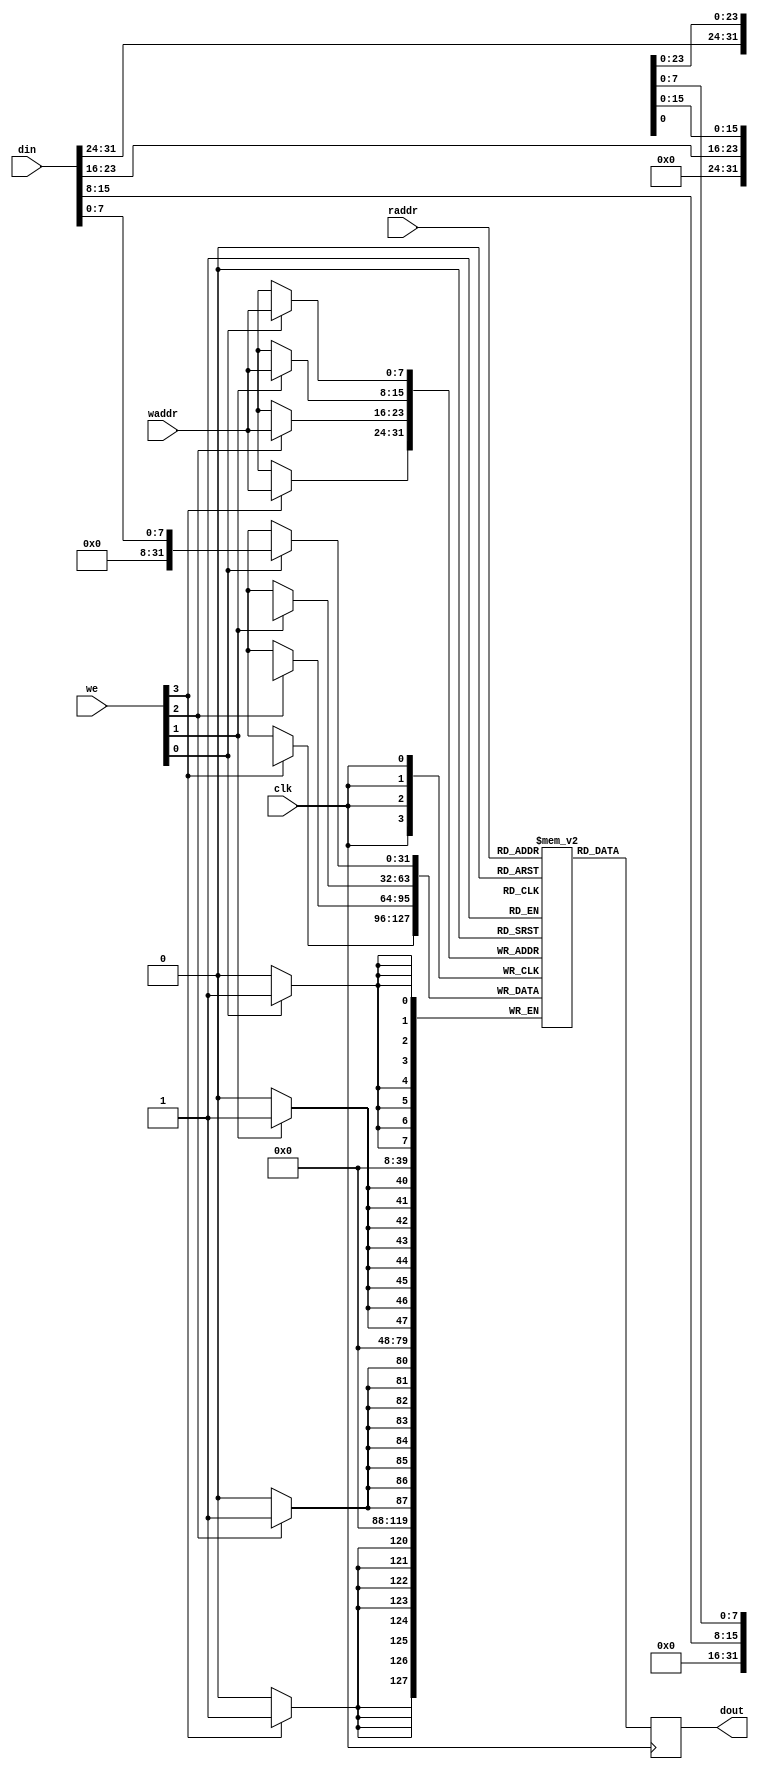
//TODO: Add function to convert between 32 bit words and bytes
module wb_ram_generic
  #(parameter depth=256,
    parameter memfile = "")
  (input clk,
   input [3:0]	 we,
   input [31:0]  din,
   input [$clog2(depth)-1:0] 	 waddr,
   input [$clog2(depth)-1:0] 	 raddr,
   output reg [31:0] dout);

   (* ram_style = "block" *)
   reg [31:0] 	 mem [0:depth-1];
   
   always @(posedge clk) begin
      if (we[0]) mem[waddr][7:0]   <= din[7:0];
      if (we[1]) mem[waddr][15:8]  <= din[15:8];
      if (we[2]) mem[waddr][23:16] <= din[23:16];
      if (we[3]) mem[waddr][31:24] <= din[31:24];
      dout <= mem[raddr];
   end

   generate
      initial
	if(memfile != "") begin
	   $display("Preloading %m from %s", memfile);
	   $readmemh(memfile, mem);
	end
   endgenerate

endmodule